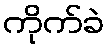
ကိုက်ခဲ